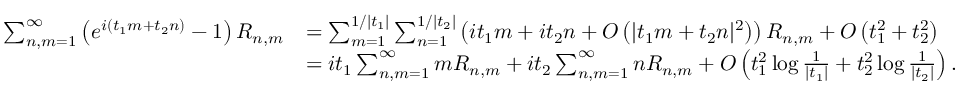
\begin{array} { r l } { \sum _ { n , m = 1 } ^ { \infty } \left( e ^ { i ( t _ { 1 } m + t _ { 2 } n ) } - 1 \right) R _ { n , m } } & { = \sum _ { m = 1 } ^ { 1 / | t _ { 1 } | } \sum _ { n = 1 } ^ { 1 / | t _ { 2 } | } \left( i t _ { 1 } m + i t _ { 2 } n + O \left( | t _ { 1 } m + t _ { 2 } n | ^ { 2 } \right) \right) R _ { n , m } + O \left( t _ { 1 } ^ { 2 } + t _ { 2 } ^ { 2 } \right) } \\ & { = i t _ { 1 } \sum _ { n , m = 1 } ^ { \infty } m R _ { n , m } + i t _ { 2 } \sum _ { n , m = 1 } ^ { \infty } n R _ { n , m } + O \left( t _ { 1 } ^ { 2 } \log \frac { 1 } { | t _ { 1 } | } + t _ { 2 } ^ { 2 } \log \frac { 1 } { | t _ { 2 } | } \right) . } \end{array}